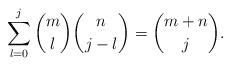
LaTeX: \begin{align*}\sum_{l=0}^{j}{m \choose l} {n\choose j-l} ={m+n \choose j}.\end{align*}